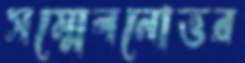
সম্মেলনোত্তর